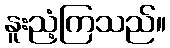
နူးညံ့ကြသည်။